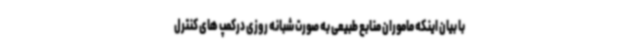
با بیان اینکه ماموران منابع طبیعی به صورت شبانه روزی درکمپ های کنترل